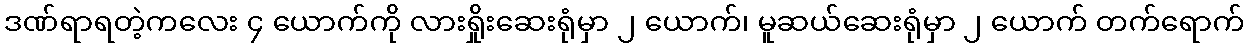
ဒဏ်ရာရတဲ့ကလေး ၄ ယောက်ကို လားရှိုးဆေးရုံမှာ ၂ ယောက်၊ မူဆယ်ဆေးရုံမှာ ၂ ယောက် တက်ရောက်